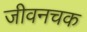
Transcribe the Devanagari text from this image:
जीवनचक